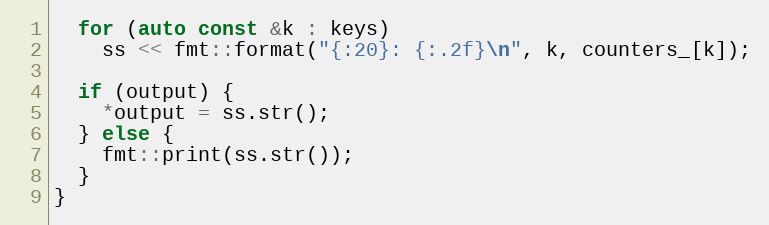
Language: C++
  for (auto const &k : keys)
    ss << fmt::format("{:20}: {:.2f}\n", k, counters_[k]);

  if (output) {
    *output = ss.str();
  } else {
    fmt::print(ss.str());
  }
}